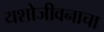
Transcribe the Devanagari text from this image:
यशोजीवनाचा